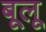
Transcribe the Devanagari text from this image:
बूलू